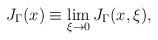
LaTeX: \begin{align*}J_{\Gamma}(x)\equiv\lim_{\xi\to 0} J_{\Gamma}(x,\xi),\end{align*}